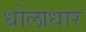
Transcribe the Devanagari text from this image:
धोलाधार